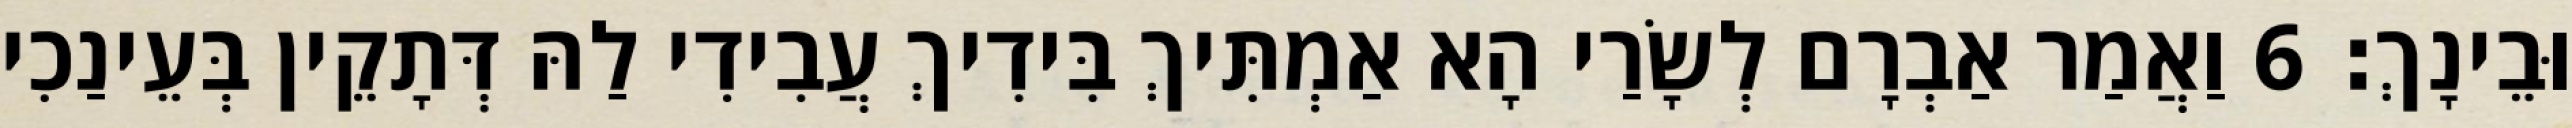
וּבֵינָךְ׃ 6 וַאֲמַר אַבְרָם לְשָׂרַי הָא אַמְתִּיךְ בִּידִיךְ עֲבִידִי לַהּ דְּתָקֵין בְּעֵינַכִי